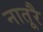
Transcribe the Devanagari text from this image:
नातूरै